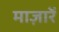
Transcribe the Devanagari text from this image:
माज़ारें